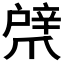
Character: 𢩞